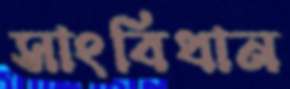
সাংবিধান